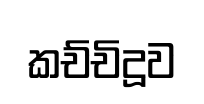
කච්චිදූව